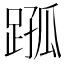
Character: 𨂗